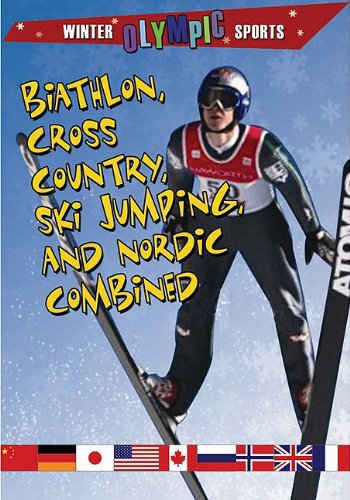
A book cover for Biathlon, Cross-Country, Ski Jumping, and Nordic Combined (Winter Olympic Sports); Kylie Burns; Children's Books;